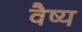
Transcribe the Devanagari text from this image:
वैष्य